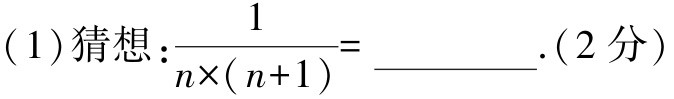
(1)猜想：$\frac{1}{n\times(n + 1)}=$ __________.(2分)